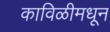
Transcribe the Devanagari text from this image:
काविळीमधून